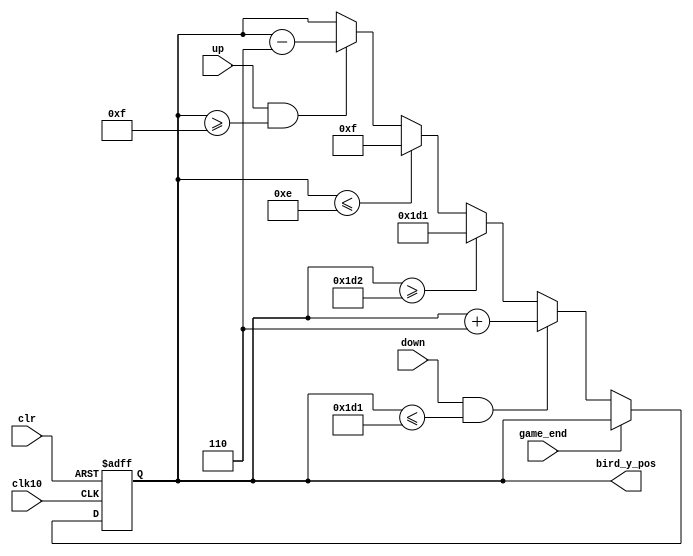
module Draw_Bird(
    input clk10,
    input clr,
	 input game_end,
    input up,
	 input down,
    output reg [9:0] bird_y_pos
    );
	
	 initial bird_y_pos = 10'd70;
	 
	 always @ (posedge clk10, negedge clr) 
	 begin
		if (!clr)
			bird_y_pos <= 10'd70;
		else if (~game_end) 
		 begin
			if ((up == 1) && (bird_y_pos >= 10'd15))
				bird_y_pos <= bird_y_pos - 10'd6;
			if ((down == 1) && (bird_y_pos <= 10'd465))
				bird_y_pos <= bird_y_pos + 10'd6;
			else if (bird_y_pos >=10'd466)
				bird_y_pos <= 10'd465;
			else if (bird_y_pos <=10'd14)
				bird_y_pos <= 10'd15;
		end
	 end
		
endmodule